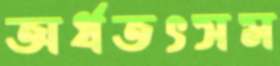
অর্ধতৎসম